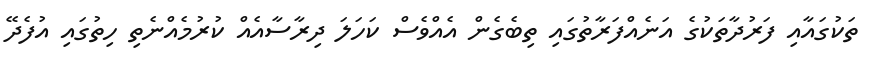
ތަކުގައާއި ފަރުދާތަކުގެ އަނެއްފަރާތުގައި ތިބެގެން އެއްވެސް ކަހަލަ ދިރާސާއެއް ކުރުމެއްނެތި ހިތުގައި އުފެދޭ